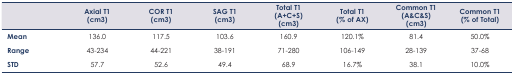
<table><thead><tr><td></td><td><b>Axial T1 (cm3)</b></td><td><b>COR T1 (cm3)</b></td><td><b>SAG T1 (cm3)</b></td><td><b>Total T1 (A+C+S) (cm3)</b></td><td><b>Total T1 (% of AX)</b></td><td><b>Common T1 (A&amp;C&amp;S) (cm3)</b></td><td><b>Common T1 (% of Total)</b></td></tr></thead><tbody><tr><td><b>Mean</b></td><td>136.0</td><td>117.5</td><td>103.6</td><td>160.9</td><td>120.1%</td><td>81.4</td><td>50.0%</td></tr><tr><td><b>Range</b></td><td>43–234</td><td>44–221</td><td>38–191</td><td>71–280</td><td>106–149</td><td>28–139</td><td>37–68</td></tr><tr><td><b>STD</b></td><td>57.7</td><td>52.6</td><td>49.4</td><td>68.9</td><td>16.7%</td><td>38.1</td><td>10.0%</td></tr></tbody></table>